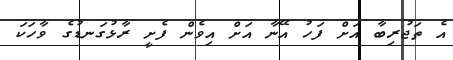
އެ ތަޖުރިބާ އަށް ފަހު އޭނާ އަށް އިވެން ފެށީ ރާޅުގަނޑުގެ ވާހަކަ